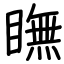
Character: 瞴